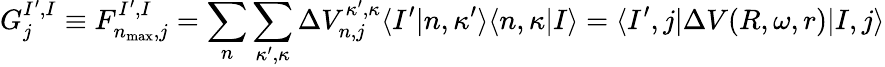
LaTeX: G_{j}^{I^{\prime},I}\equiv F_{n_{\mathrm{max}},j}^{I^{\prime},I}=\sum_{n}\sum_{\kappa^{\prime},\kappa}\Delta V_{n,j}^{\kappa^{\prime},\kappa}\langle I^{\prime}|n,\kappa^{\prime}\rangle\langle n,\kappa|I\rangle=\langle I^{\prime},j|\Delta V(R,\omega,r)|I,j\rangle